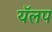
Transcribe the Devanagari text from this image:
यॅलप